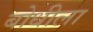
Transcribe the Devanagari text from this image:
बोधीला